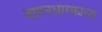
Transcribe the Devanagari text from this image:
वाहनधारकाला